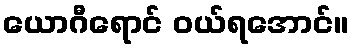
ယောဂီရောင် ဝယ်ရအောင်။